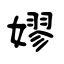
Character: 嫪